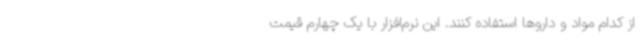
از کدام مواد و داروها استفاده کنند. این نرم‌افزار با یک چهارم قیمت